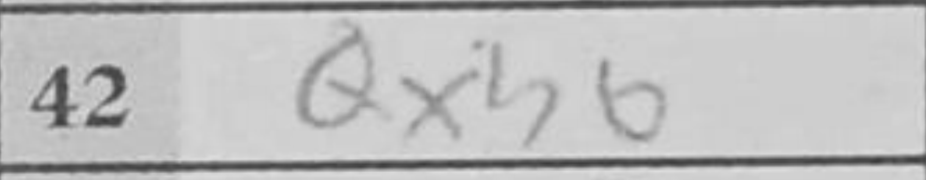
Transcription: Qxh6